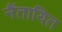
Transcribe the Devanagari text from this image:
नैंतायित